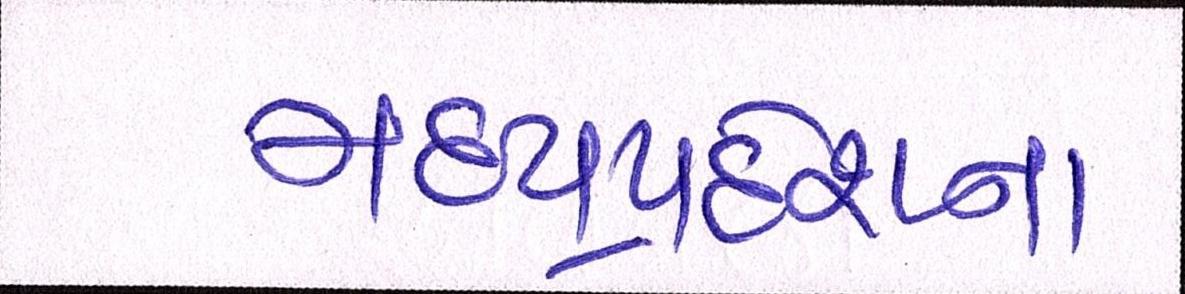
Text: મધ્યપ્રદેશના